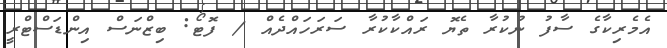
އެމެރިކާގެ ސާފު ނުކުރާ ތެޔޮ ރައްކާކުރާ ސަރަހައްދެއް / ފޮޓޯ: ބިޒްނަސް އިންޑަސްޓްރީ